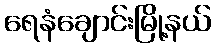
ရေနံချောင်းမြို့နယ်